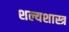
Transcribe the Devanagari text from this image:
शल्यशास्त्र